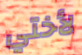
لأختي